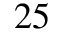
2 5